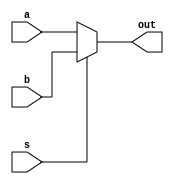
module mux2to1#(parameter N = 5)(input [N-1:0] a, input[N-1:0] b, input s, output[N-1:0] out);
  assign out = (s == 1'b0) ? a : b;
endmodule